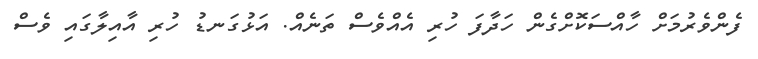
ފެންވެރުމަށް ހާއްސަކޮށްގެން ހަދާފަ ހުރި އެއްވެސް ތަނެއް. އަޅުގަނޑު ހުރި އާއިލާގައި ވެސް